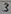
Text: 3